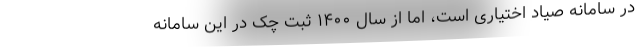
در سامانه صیاد اختیاری است، اما از سال ۱۴۰۰ ثبت چک در این سامانه